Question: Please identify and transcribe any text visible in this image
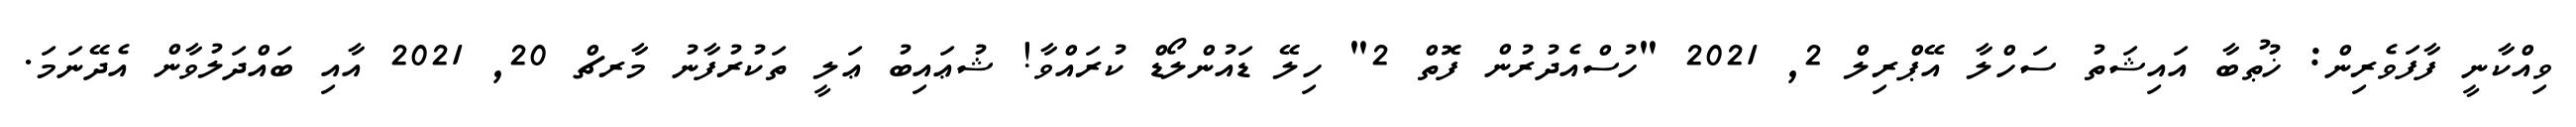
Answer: ވިއްކާނީ ފާފަވެރިން: ޚުޠުބާ އައިޝަތު ސަހްލާ އޭޕްރިލް 2, 2021 "ހުސްއެދުރުން ފޮތް 2" ހިލޭ ޑައުންލޯޑް ކުރައްވާ! ޝުޢައިބު ޢަލީ ތަކުރުފާނު މާރޗް 20, 2021 އާއި ބައްދަލުވާން އެދޭނަމަ.